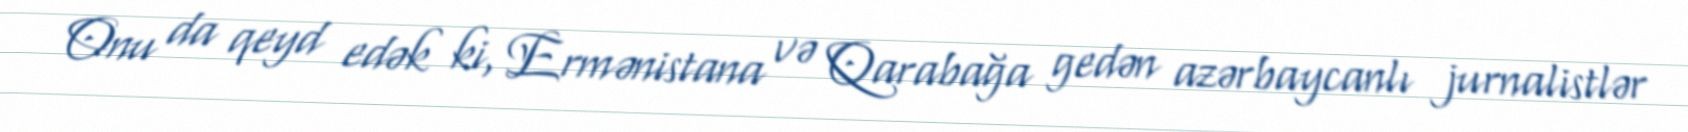
Onu da qeyd edək ki, Ermənistana və Qarabağa gedən azərbaycanlı jurnalistlər